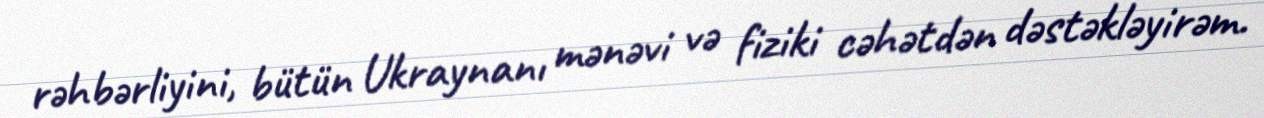
rəhbərliyini, bütün Ukraynanı mənəvi və fiziki cəhətdən dəstəkləyirəm.